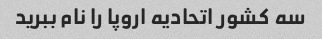
سه کشور اتحادیه اروپا را نام ببرید